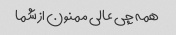
همه چی عالی ممنون از شما